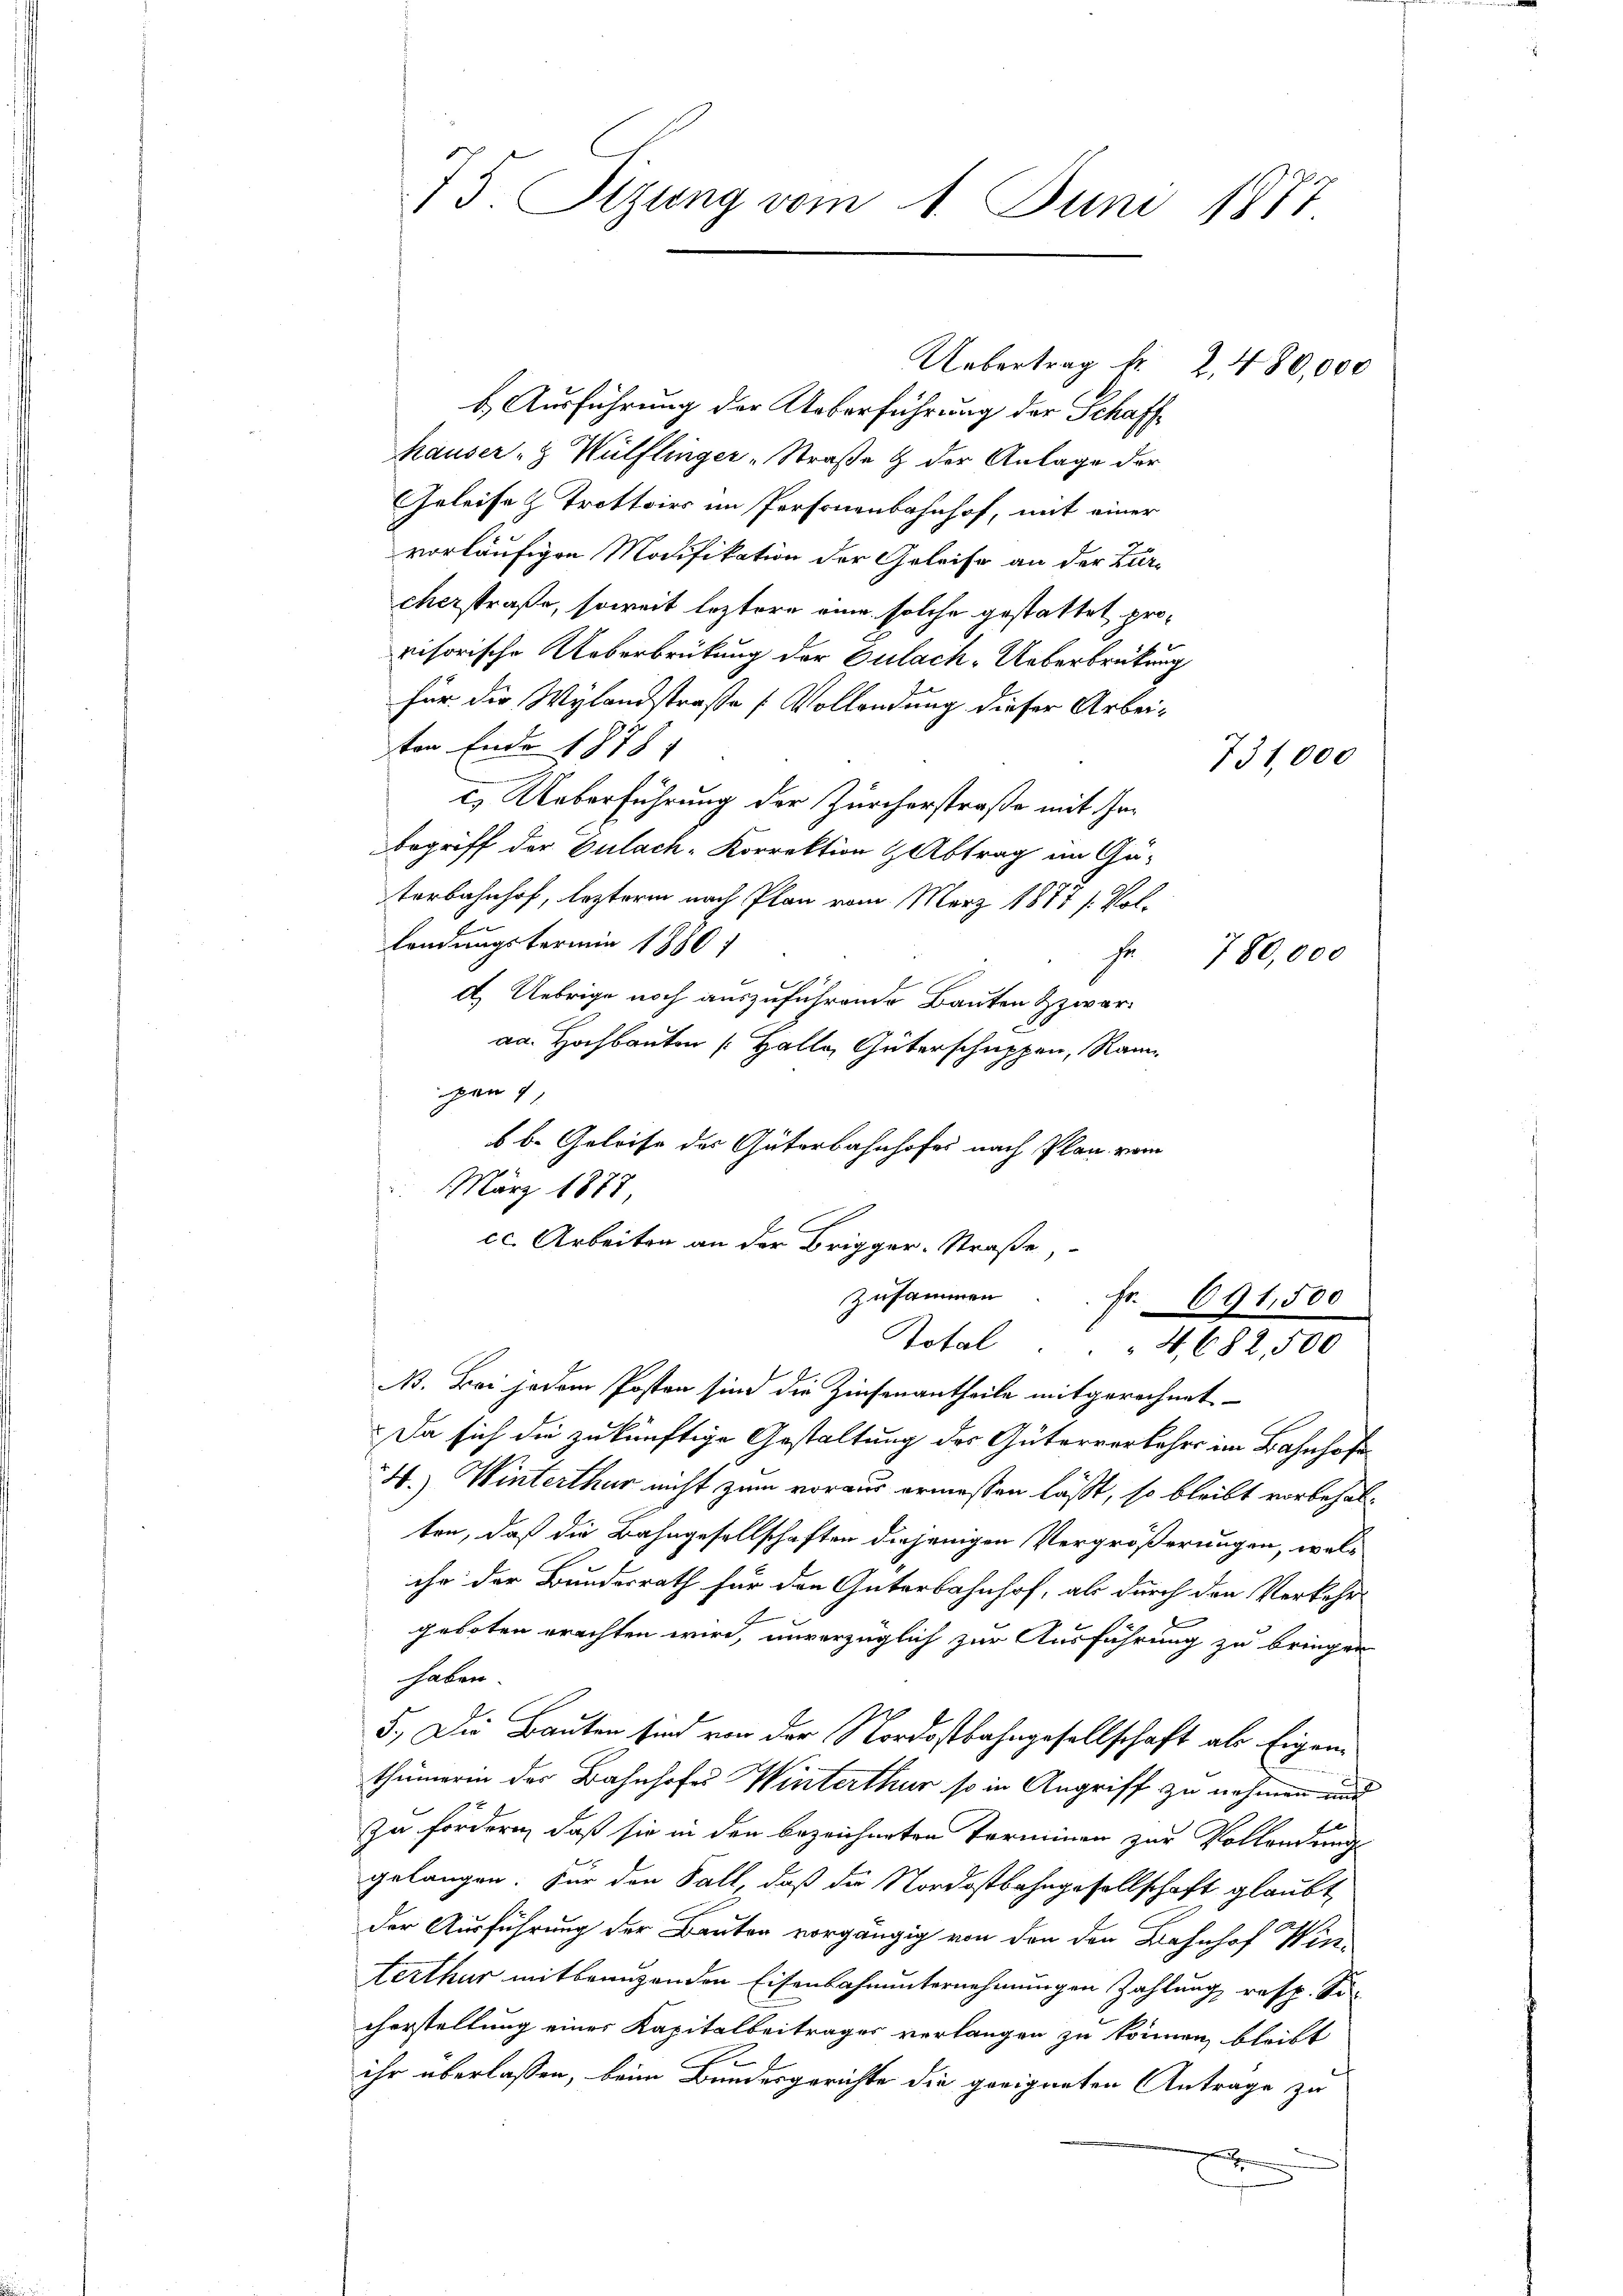
75. Sizung vom 1. Juni 1877

b. Ausführung der Ueberführung der Schaffhauser- & Wülflinger-Straße & der Anlage der
Geleise & Trottoirs im Personenbahnhof, mit einer
vorläufigen Modifikation der Geleise an der Bur-
cherstraße, soweit leztere eine solche gestattet, provisorische Ueberbrückung der Culach-Ueberbrückung
für die Wylandstraße [Vollendung dieser Arbeiton Ende 1878
c. Ueberführung der Zürcherstraße mit Inbegriff der Eulach-Korrektion & Abtrag im Ge-
terbahnhof, leztere nach Plan vom März 1877 s. Vollendungstermin 1880
s
780,000
d. Uebrige noch auszuführende Bauten & zwar
aa. Hochbauten Halle Güterschuppen, Ran
pan 4
b b. Geleise der Güterbahnhofes nach Plan vom
 März 1877
l
cc. Arbeiten an der Brigger-Straße,
zusammen. Fr. 691,500
Rotal . . 4682,500
N. Bei jedem Posten sind die Zinsenantheile mitgerechnet
Da sich die zukünftige Gestaltung des Güterverkehrs im Bahnhofe
4.) Winterthur nicht zum voraus ermessen läßt, so bleibt vorbehalten, daß die Bahngesellschaften diejenigen Vergrößerungen, welihr der Bundesrath für den Güterbahnhof, als durch den Verkehr
2
geboten erachten wird, unverzüglich zur Ausführung zu bringen
haben.
5.) Die Bauten sind von der Nordostbahngesellschaft als Eigenthümerin der Bahnhofes Winterthur so in Angriff zu nehmen und
1
zu fordern, daß sie in den bezeichneten Terminen zur Volkomen
gelangen. Für den Fall, daß die Nordostbahngesellschaft glaubt
der Ausführung der Bauten vorgängig von den den Bahnhof Win-
terthur mitbenuzenden Eisenbahnunternehmungen Zahlung resp. Sicherstellung einer Kapitalbeitrages verlangen zu können, bleibt
ihr überlassen, beim Bundesgerichte die geeigneten Antrage zu

Uebertrag d. 2, 480,000

731,000